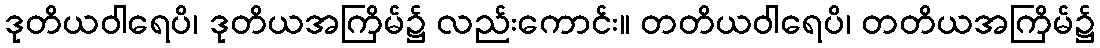
ဒုတိယဝါရေပိ၊ ဒုတိယအကြိမ်၌ လည်းကောင်း။ တတိယဝါရေပိ၊ တတိယအကြိမ်၌